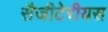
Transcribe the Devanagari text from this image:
सैजीटेरीयस